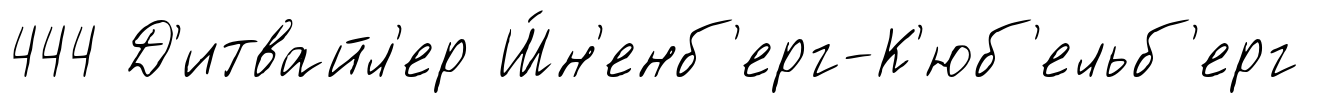
444 Д'итвайл'ер Ш́н'енб'ерг-К'юб'ельб'ерг